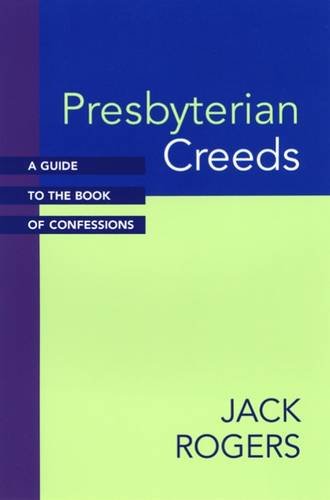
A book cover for Presbyterian Creeds: A Guide to the Book of Confessions; Jack Rogers; Christian Books & Bibles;